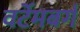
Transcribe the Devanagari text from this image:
वर्टेमबर्ग